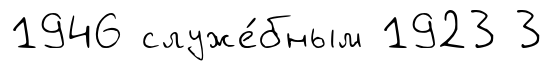
1946 служе́бным 1923 3